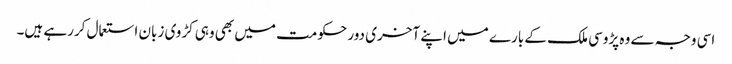
اسی وجہ سے وہ پڑوسی ملک کے بارے میں اپنے آخری دور حکومت میں بھی وہی کڑوی زبان استعمال کررہے ہیں۔